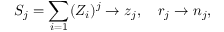
S _ { j } = \sum _ { i = 1 } ( Z _ { i } ) ^ { j } \rightarrow z _ { j } , ~ ~ ~ r _ { j } \rightarrow n _ { j } ,